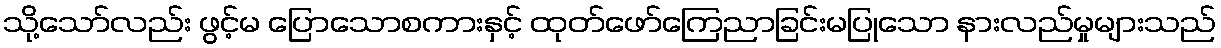
သို့သော်လည်း ဖွင့်မ ပြောသောစကားနှင့် ထုတ်ဖော်ကြေညာခြင်းမပြုသော နားလည်မှုများသည်